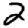
Digit: 2